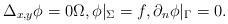
LaTeX: \begin{align*}\Delta_{x,y}\phi=0\Omega,\phi\arrowvert_{\Sigma}=f,\partial_n \phi\arrowvert_{\Gamma}=0.\end{align*}